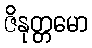
ဇိနုတ္တမော